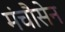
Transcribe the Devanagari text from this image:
मंचौसेन